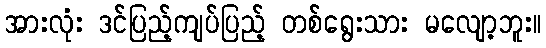
အားလုံး ဒင်ပြည့်ကျပ်ပြည့် တစ်ရွေးသား မလျော့ဘူး။